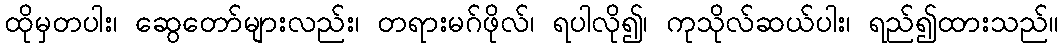
ထိုမှတပါး၊ ဆွေတော်များလည်း၊ တရားမဂ်ဖိုလ်၊ ရပါလို၍၊ ကုသိုလ်ဆယ်ပါး၊ ရည်၍ထားသည်။